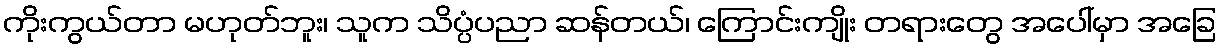
ကိုးကွယ်တာ မဟုတ်ဘူး၊ သူက သိပ္ပံပညာ ဆန်တယ်၊ ကြောင်းကျိုး တရားတွေ အပေါ်မှာ အခြေ